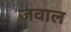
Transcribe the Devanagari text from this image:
जवाल